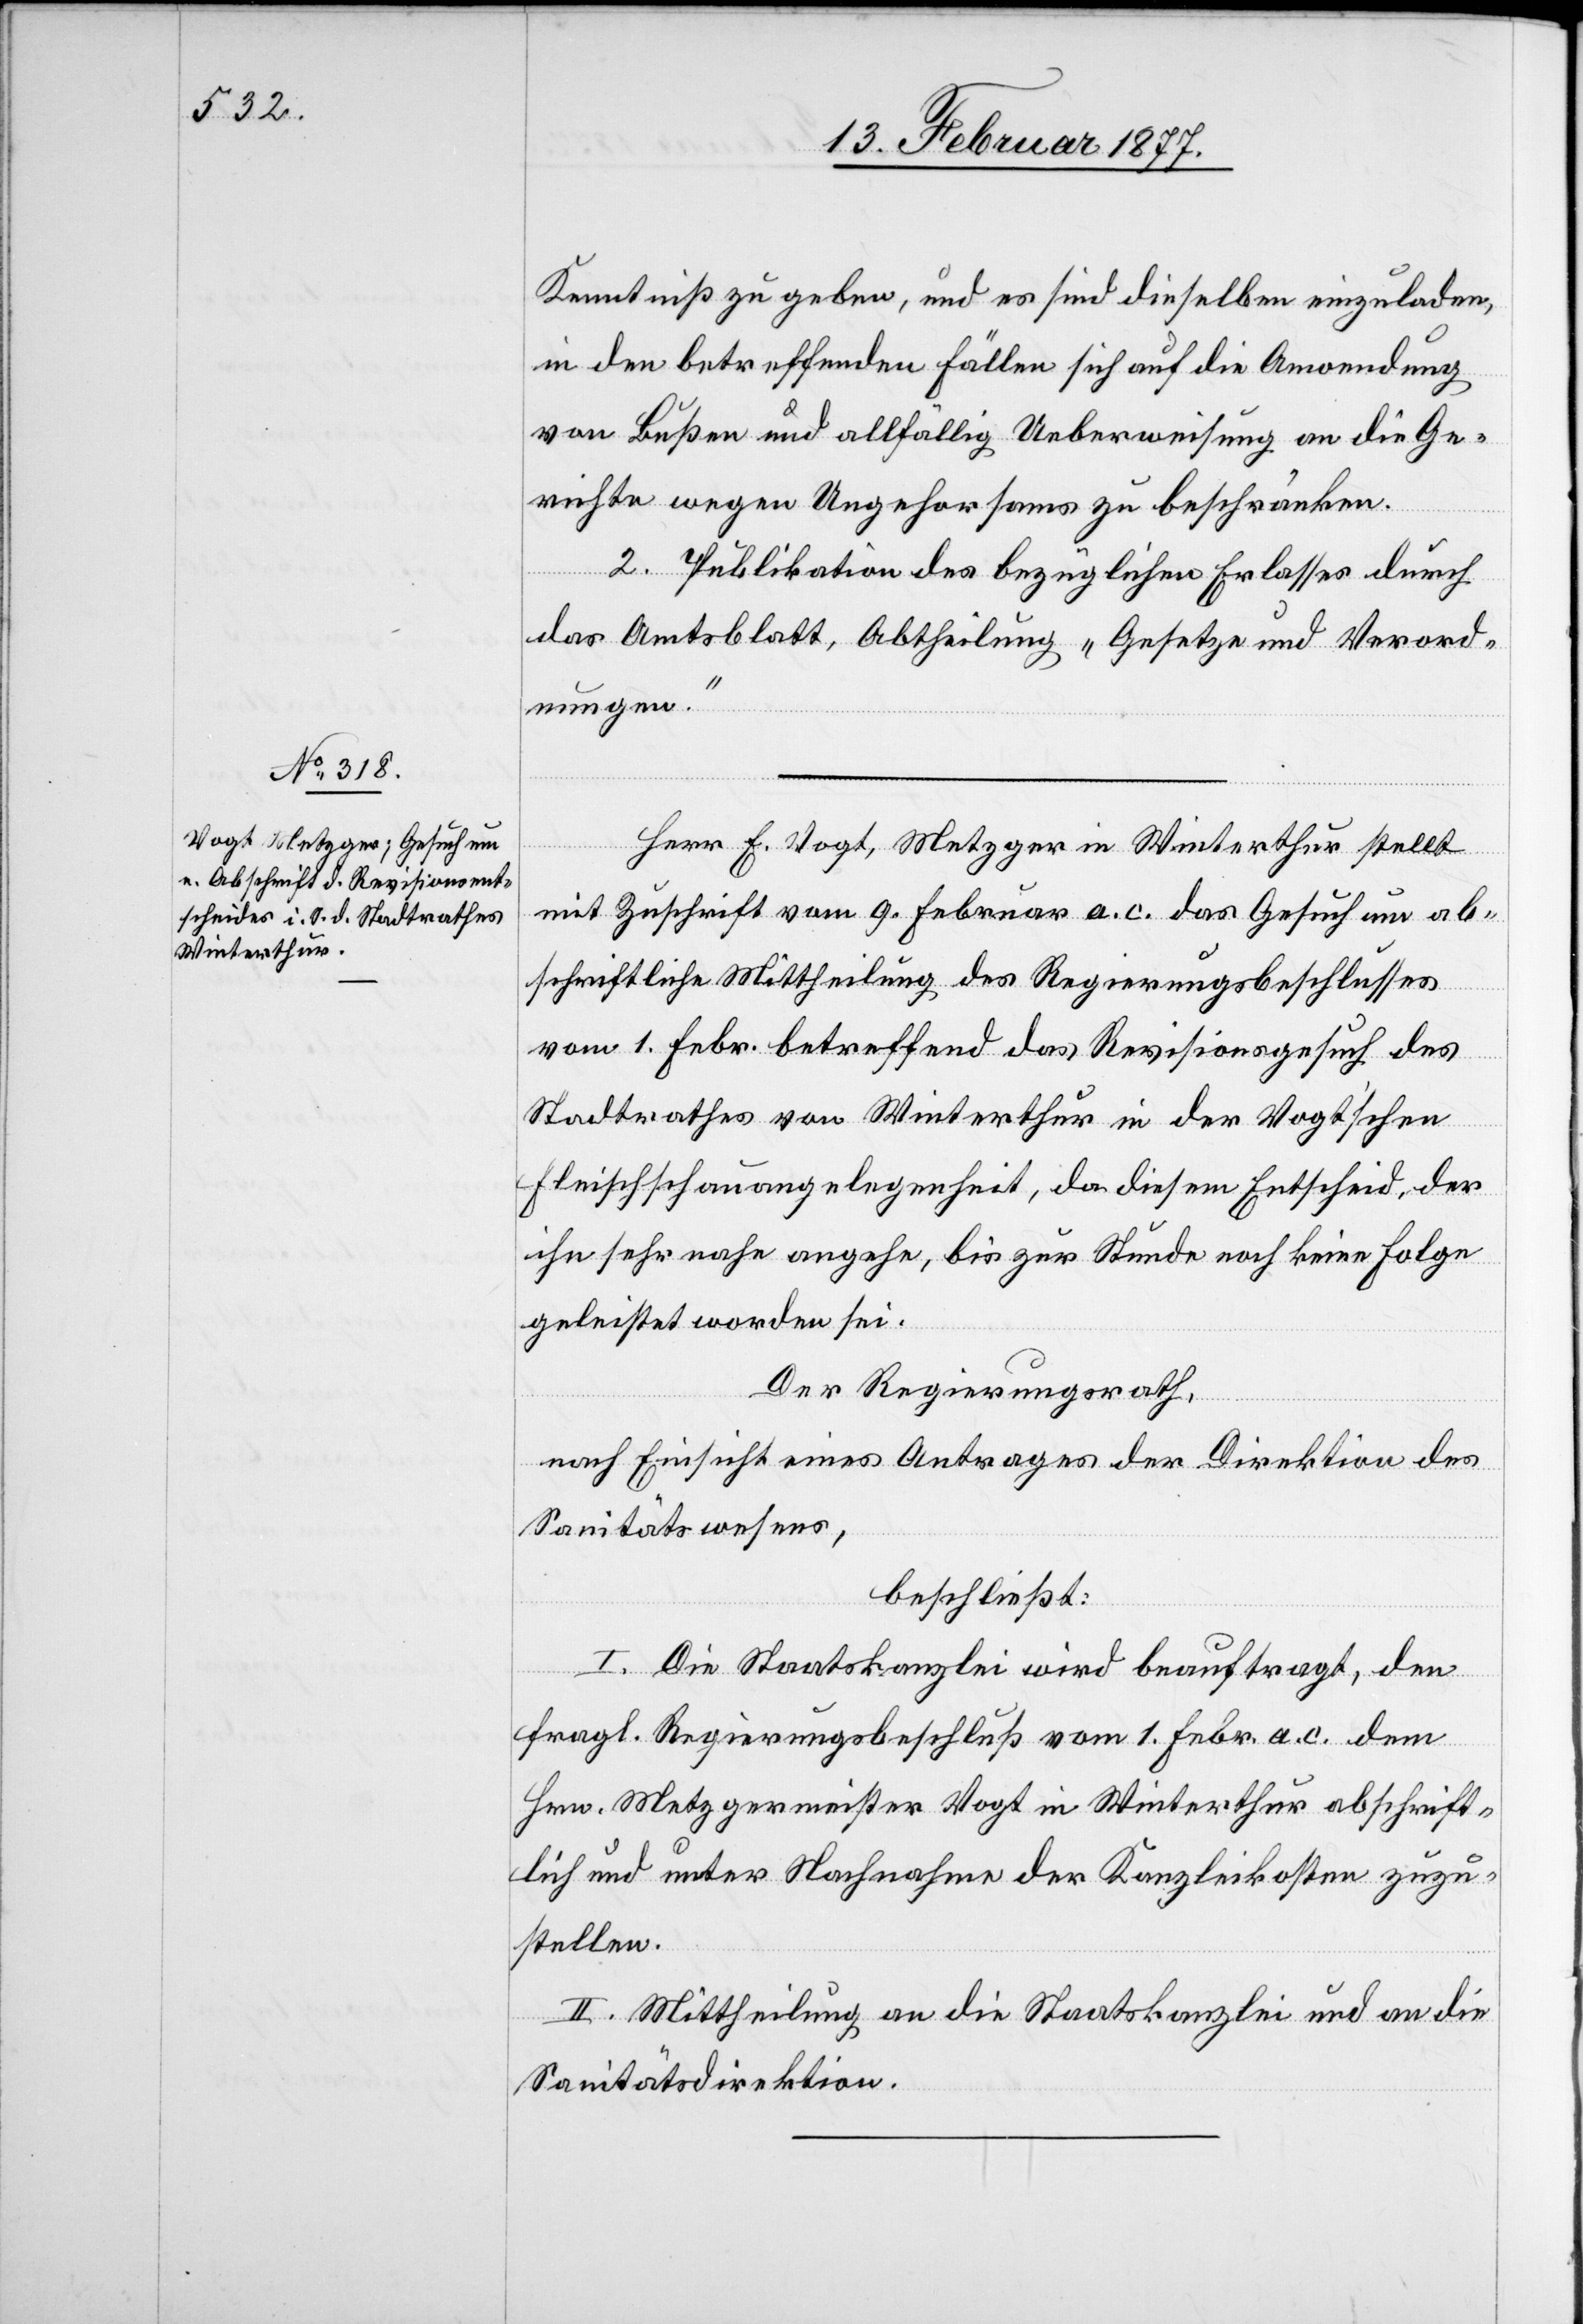
Kenntniß zu geben, und es sind dieselben einzuladen,
in den betreffenden Fällen sich auf die Anwendung
von Bußen und allfällig Ueberweisung an die Ge¬
richte wegen Ungehorsams zu beschränken.
2. Publikation des bezüglichen Erlasses durch
das Amtsblatt, Abtheilung „Gesetze und Verord¬
nungen.“
Herr E. Vogt, Metzger in Winterthur stellt
mit Zuschrift vom 9. Februar a. c. das Gesuch um ab¬
schriftliche Mittheilung des Regierungsbeschlusses
vom 1. Febr. betreffend das Revisionsgesuch des
Stadtrathes von Winterthur in der Vogt’schen
Fleischschauangelegenheit, da diesem Entscheid, der
ihn sehr nahe angehe, bis zur Stunde noch keine Folge
geleistet worden sei.
Der Regierungsrath,
nach Einsicht eines Antrages der Direktion des
Sanitätswesens,
beschließt:
I. Die Staatskanzlei wird beauftragt, den
fragl. Regierungsbeschluß vom 1. Febr. a. c. dem
Hrn. Metzgermeister Vogt in Winterthur abschrift¬
lich und unter Nachnahme der Kanzleikosten zuzu¬
stellen.
II. Mittheilung an die Staatskanzlei und an die
Sanitätsdirektion.